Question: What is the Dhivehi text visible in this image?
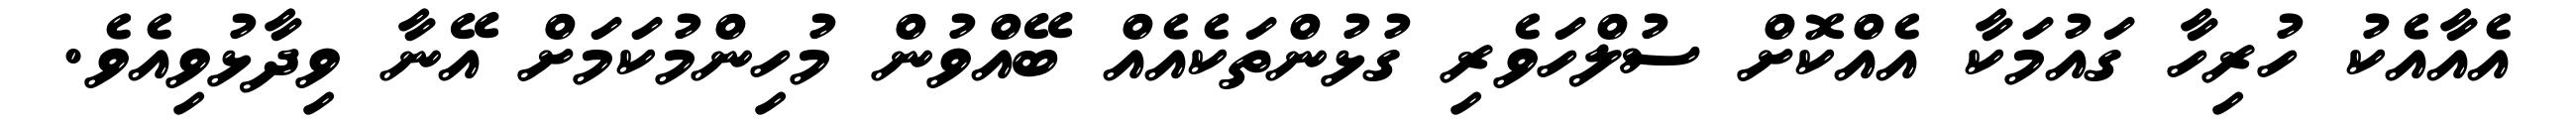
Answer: އެއާއެކު ހުރިހާ ގައުމަކާ އެއްކޮށް ސުލްހަވެރި ގުޅުންތަކެއެއް ބޭއްވުން މުހިންމުކަމަށް އޭނާ ވިދާޅުވިއެވެ.